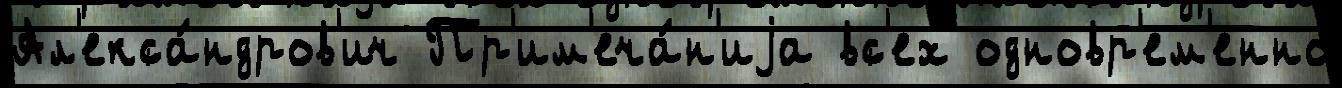
Ал'екса́ндров'ич Пр'им'еча́н'иjа вс'ех одновр'ем'енно